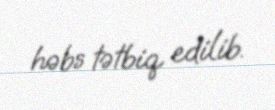
həbs tətbiq edilib.